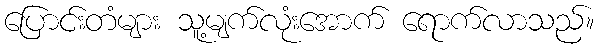
ပြောင်းတံများ သူ့မျက်လုံးအောက် ရောက်လာသည်။